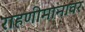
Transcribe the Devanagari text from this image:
राहणीमानावर